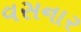
વસનાર